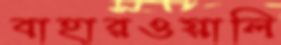
বাহারওয়ালি